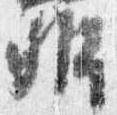
弁